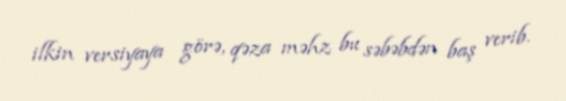
ilkin versiyaya görə, qəza məhz bu səbəbdən baş verib.